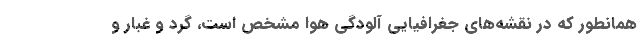
همانطور که در نقشه‌های جغرافیایی آلودگی هوا مشخص است، گرد و غبار و